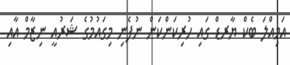
އަމިއްލަ ބެކް ޔާރޑް ގައި ހުރިކަންކަން ނުފެނި މިގައުމުގެ ޝަރުއީ ނިޒާމް އާއި